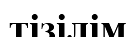
тізілім